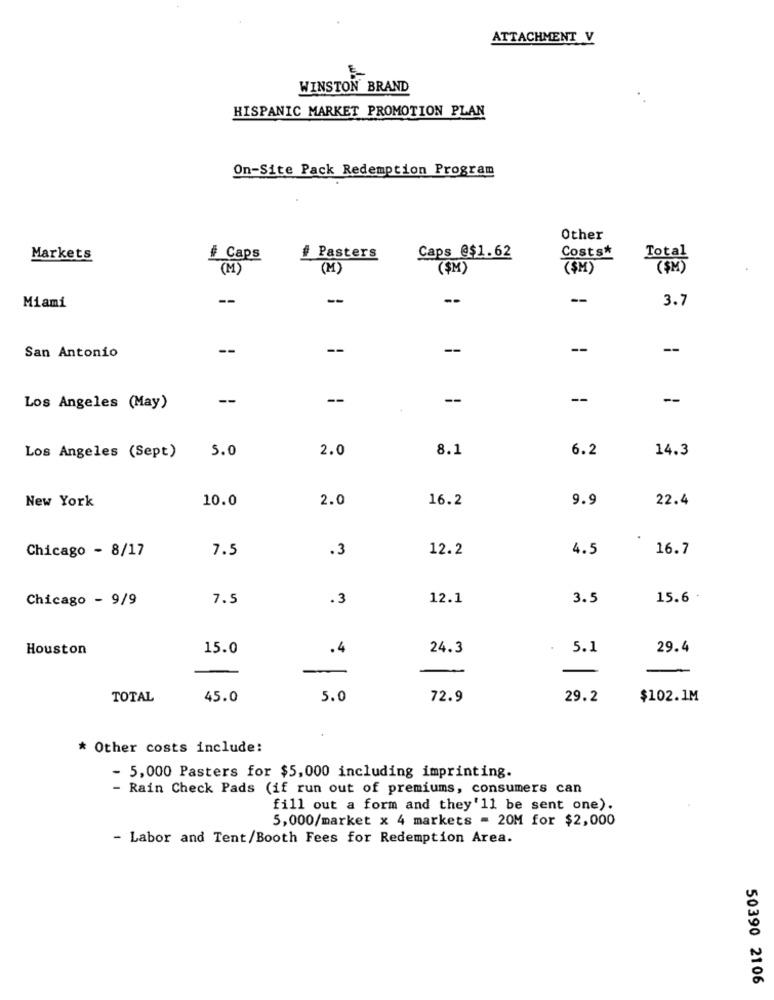
ATTACHMENT V
WINSTON BRAND
HISPANIC MARKET PROMOTION PLAN
On-Site Pack Redemption Program
Other
Markets
# Caps
# Pasters
Caps @$1.62
Costs*
Total
(M)
(M)
($M)
(SM)
--
--
--
3.7
Miami
--
--
--
--
--
San Antonio
--
--
--
--
Los Angeles (May)
5.0
2.0
8.1
6.2
14.3
Los Angeles (Sept)
New York
10.0
2.0
16.2
9.9
22.4
Chicago - 8/17
7.5
.3
12.2
4.5
16.7
Chicago - 9/9
7.5
.3
12.1
3.5
15.6 .
Houston
15.0
.4
24.3
5.1
29.4
TOTAL
45.0
5.0
72.9
29.2
$102.1M
* Other costs include:
- 5,000 Pasters for $5,000 including imprinting.
- Rain Check Pads (if run out of premiums, consumers can
fill out a form and they'll be sent one).
5,000/market x 4 markets = 20M for $2,000
- Labor and Tent/Booth Fees for Redemption Area.
50390 2106